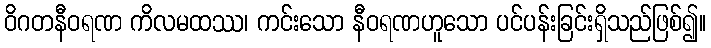
ဝိဂတနီဝရဏ ကိလမထဿ၊ ကင်းသော နီဝရဏဟူသော ပင်ပန်းခြင်းရှိသည်ဖြစ်၍။